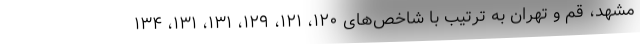
مشهد، قم و تهران به ترتیب با شاخص‌های ۱۲۰، ۱۲۱، ۱۲۹، ۱۳۱، ۱۳۱، ۱۳۴